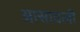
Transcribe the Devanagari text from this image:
आसावली